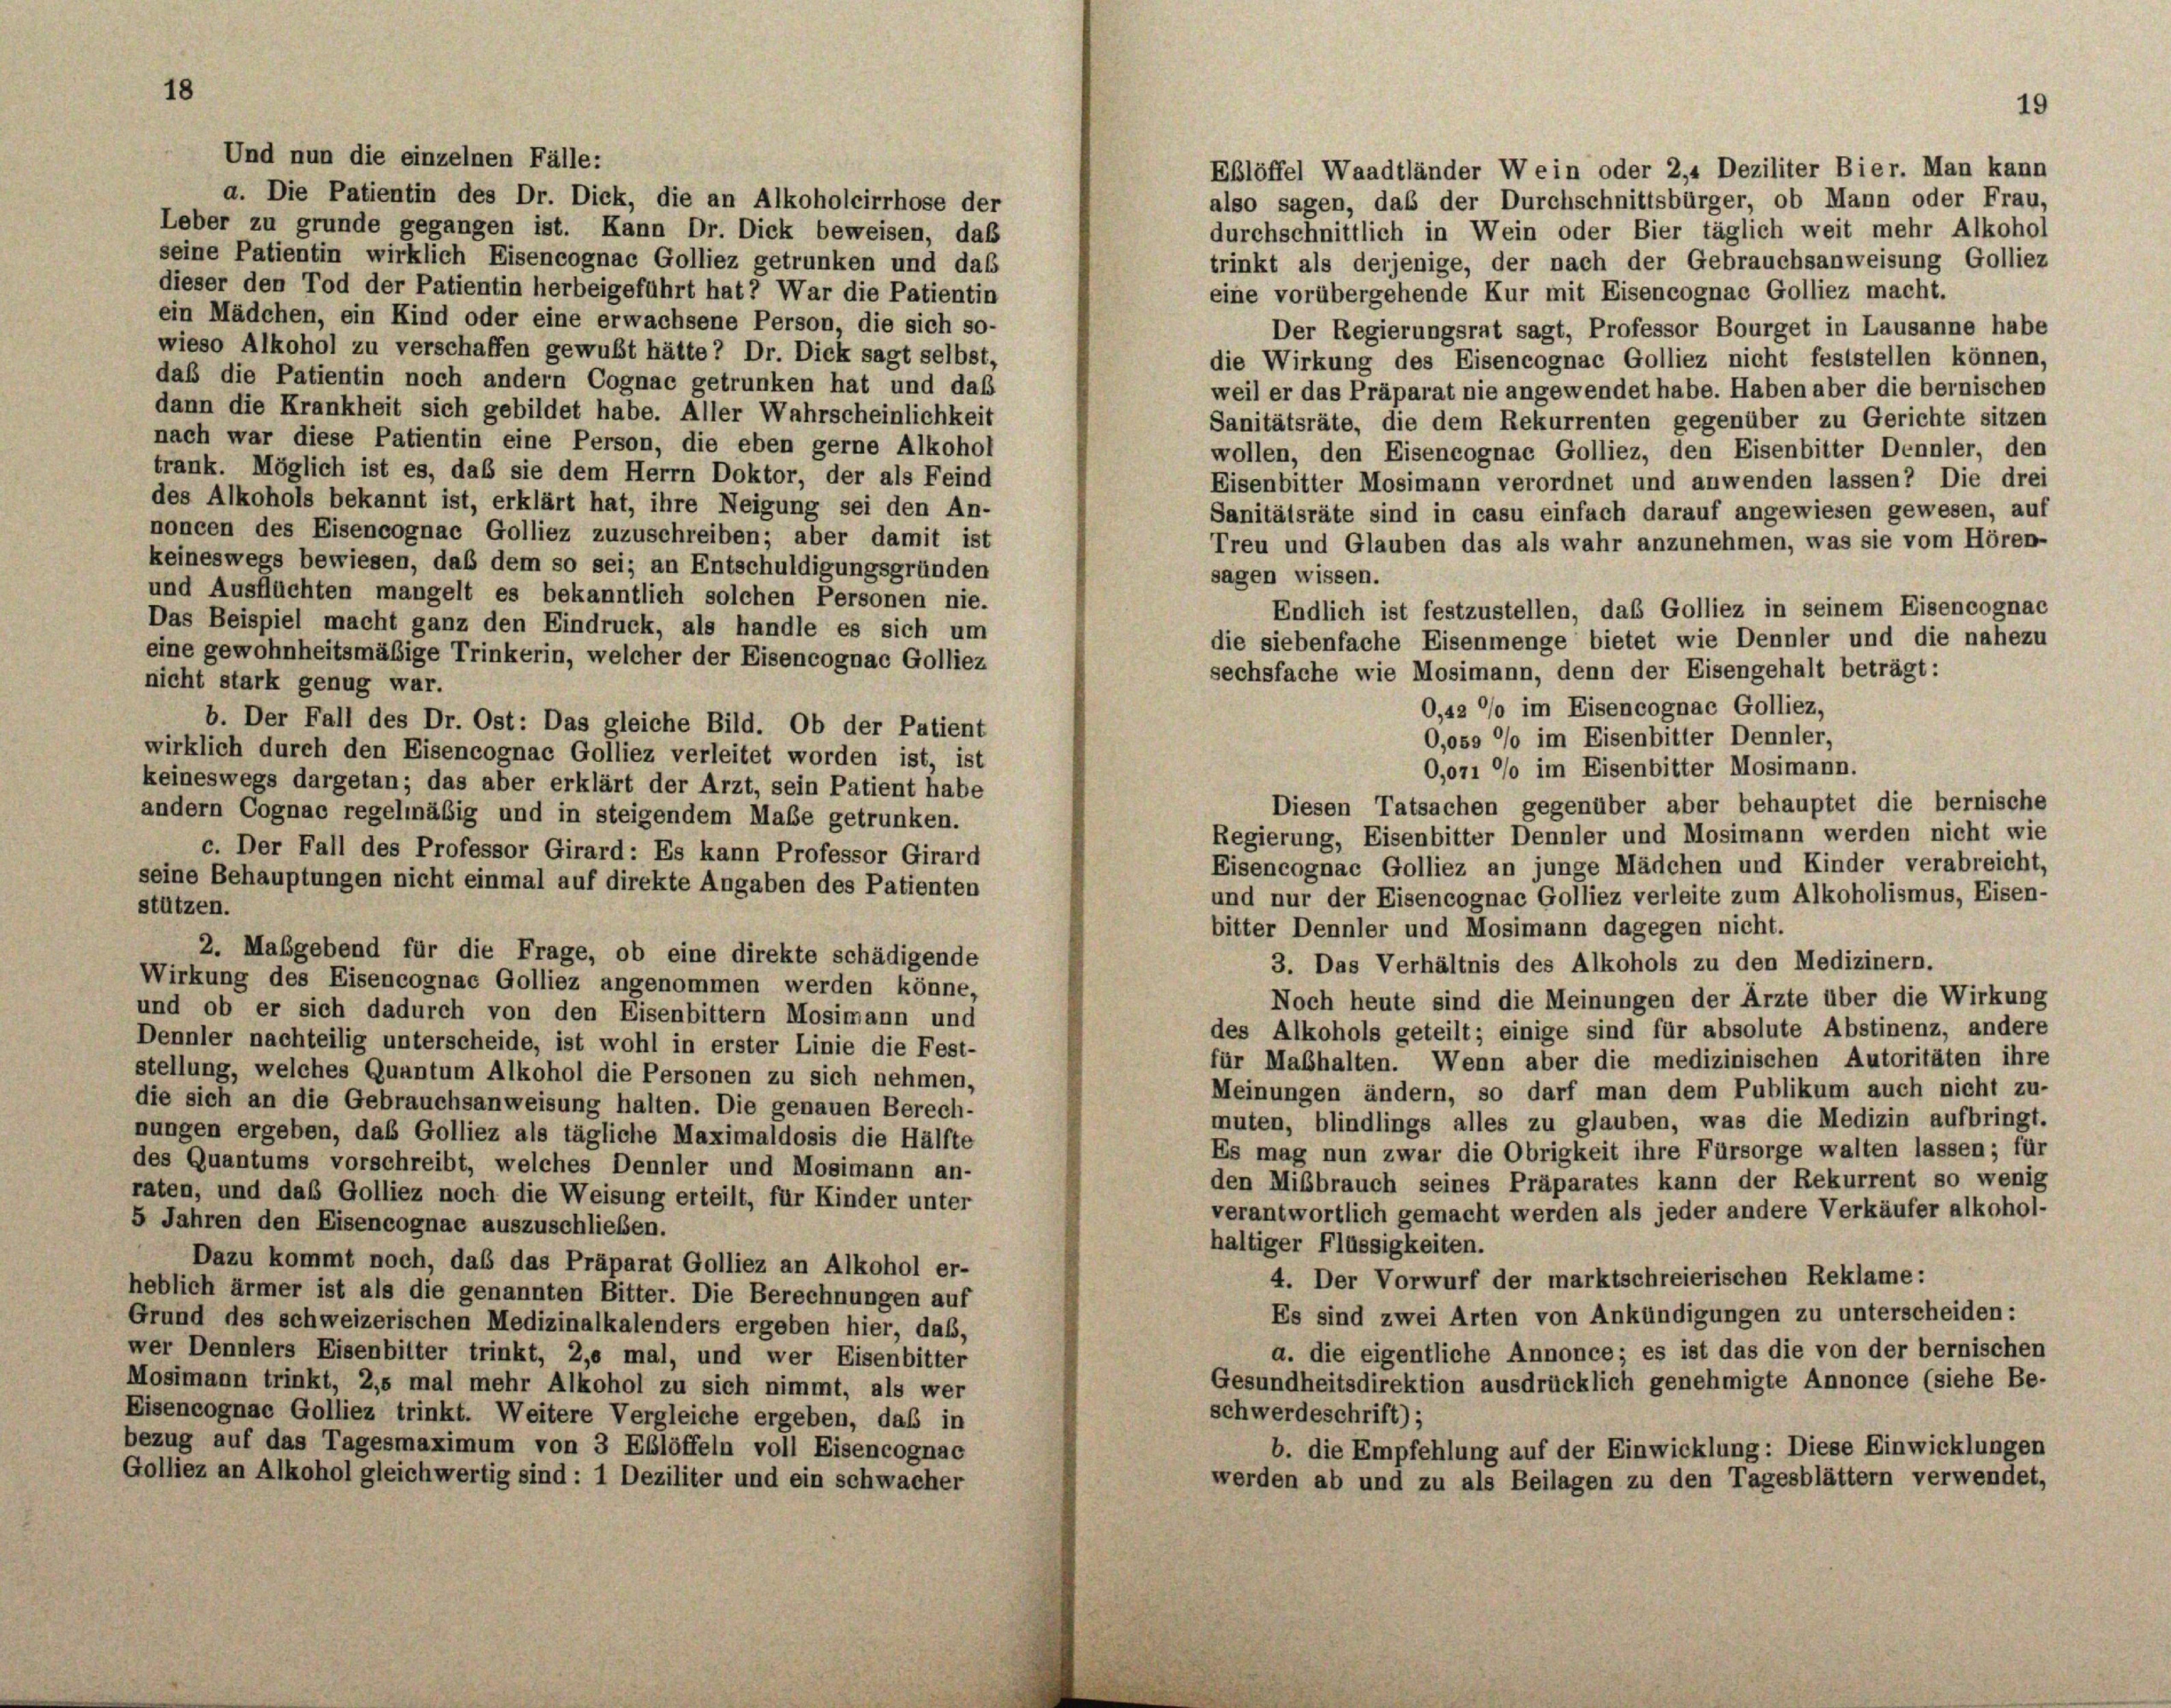
18

a. Die Patientin des Dr. Dick, die an Alkoholcirrhose der
Leber zu grunde gegangen ist. Kann Dr. Dick beweisen, daß
seine Patientin wirklich Eisencognac Golliez getrunken und das
dieser den Tod der Patientin herbeigeführt hat? War die Patientin
eine vorübergehende Kur mit Eisencognac Golliez macht.
ein Mädchen, ein Kind oder eine erwachsene Person, die sich so-
Der Regierungsrat sagt, Professor Bourget in Lausanne habe
wieso Alkohol zu verschaffen gewußt hätte? Dr. Dick sagt selbst,
die Wirkung des Eisencognac Golliez nicht feststellen können.
daß die Patientin noch andern Cognac getrunken hat und daß
weil er das Präparat nie angewendet habe. Haben aber die bernischen
dann die Krankheit sich gebildet habe. Aller Wahrscheinlichkeit
Sanitätsräte, die dem Rekurrenten gegenüber zu Gerichte sitzen
nach war diese Patientin eine Person, die eben gerne Alkohol
wollen, den Eisencognac Golliez, den Eisenbitter Dennler, den
trank. Möglich ist es, das sie dem Herrn Doktor, der als Feind
Eisenbitter Mosimann verordnet und anwenden lassen? Die drei
des Alkohols bekannt ist, erklärt hat, ihre Neigung sei den An-
Sanitätsräte sind in casu einfach darauf angewiesen gewesen, auf
noncen des Eisencognac Golliez zuzuschreiben; aber damit ist
Treu und Glauben das als wahr anzunehmen, was sie vom Hören-
keineswegs bewiesen, daß dem so sei; an Entschuldigungsgründen
sagen wissen.
und Ausflüchten mangelt es bekanntlich solchen Personen nie.
Das Beispiel macht ganz den Eindruck, als handle es sich um
eine gewohnheitsmäßige Trinkerin, welcher der Eisencognac Golliez
sechsfache wie Mosimann, denn der Eisengehalt beträgt:
nicht stark genug war.
0,42 % im Eisencognac Golliez,
b. Der Fall des Dr. Ost: Das gleiche Bild. Ob der Patient
O,osa % im Eisenbitter Dennler,
wirklich durch den Eisencognac Golliez verleitet worden ist, ist
O,ori o im Eisenbitter Mosimann.
keineswegs dargetan; das aber erklärt der Arzt, sein Patient habe
Diesen Tatsachen gegenüber aber behauptet die bernische
andern Cognac regelmäßig und in steigendem Maße getrunken.
Regierung, Eisenbitter Dennler und Mosimann werden nicht wie
c. Der Fall des Professor Girard: Es kann Professor Girard
Eisencognac Golliez an junge Mädchen und Kinder verabreicht,
seine Behauptungen nicht einmal auf direkte Angaben des Patienten
und nur der Eisencognac Golliez verleite zum Alkoholismus, Eisen-
stützen.
bitter Dennler und Mosimann dagegen nicht.
2. Mabgebend für die Frage, ob eine direkte schädigende
3. Das Verhältnis des Alkohols zu den Medizinern.
Wirkung des Eisencognac Golliez angenommen werden könne,
Noch heute sind die Meinungen der Ärzte über die Wirkung
und ob er sich dadurch von den Eisenbittern Mosimann und
des Alkohols geteilt; einige sind für absolute Abstinenz, andere
Dennler nachteilig unterscheide, ist wohl in erster Linie die Fest-
für Mabhalten. Wenn aber die medizinischen Autoritäten ihre
stellung, welches Quantum Alkohol die Personen zu sich nehmen,
Meinungen ändern, so darf man dem Publikum auch nicht zu-
die sich an die Gebrauchsanweisung halten. Die genauen Berech-
muten, blindlings alles zu glauben, was die Medizin aufbringt.
nungen ergeben, das Golliez als tägliche Maximaldosis die Hälfte
Es mag nun zwar die Obrigkeit ihre Fürsorge walten lassen; für
des Quantums vorschreibt, welches Dennler und Mosimann an-
den Mißbrauch seines Präparates kann der Rekurrent so wenig
raten, und das Golliez noch die Weisung erteilt, für Kinder unter
verantwortlich gemacht werden als jeder andere Verkäufer alkohol-
5 Jahren den Eisencognae auszuschließen.
haltiger Flüssigkeiten.
Dazu kommt noch, daß das Präparat Golliez an Alkohol er-
4. Der Vorwurf der marktschreierischen Reklame:
heblich ärmer ist als die genannten Bitter. Die Berechnungen auf
Es sind zwei Arten von Ankündigungen zu unterscheiden:
Grund des schweizerischen Medizinalkalenders ergeben hier, daß,
a. die eigentliche Annonce; es ist das die von der bernischen
wer Dennlers Eisenbitter trinkt, 2, mal, und wer Eisenbitter
Gesundheitsdirektion ausdrücklich genehmigte Annonce (siehe Be-
Mosimann trinkt, 2,5 mal mehr Alkohol zu sich nimmt, als wer
schwerdeschrift);
Eisencognae Golliez trinkt. Weitere Vergleiche ergeben, daß in
bezug auf das Tagesmaximum von 3 Eßlöffeln voll Eisencognac
b. die Empfehlung auf der Einwicklung: Diese Einwicklungen
Golliez an Alkohol gleichwertig sind: 1 Deziliter und ein schwacher
werden ab und zu als Beilagen zu den Tagesblättern verwendet,

Und nun die einzelnen Fälle:

also sagen, daß der Durchschnittsbürger, ob Mann oder Frau,
durchschnittlich in Wein oder Bier täglich weit mehr Alkohol
trinkt als derjenige, der nach der Gebrauchsanweisung Golliez

Endlich ist festzustellen, das Golliez in seinem Eisencognac
die siebenfache Eisenmenge bietet wie Dennler und die nahezu

Eßlöffel Waadtländer Wein oder 2,4 Deziliter Bier. Man kann